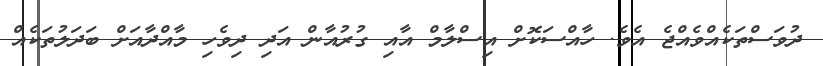
ދުވަސްތަކެއްވެއްޖެ އެވެ. ހާއްސަކޮށް އިސްލާމް އާއި ގުރުއާން އަދި ދިވެހި މާއްދާއަށް ބަދަލުތަކެއް